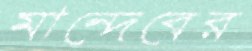
মান্দেবের